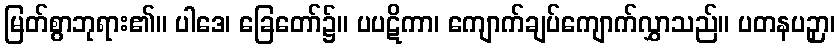
မြတ်စွာဘုရား၏။ ပါဒေ၊ ခြေတော်၌။ ပပဋိကာ၊ ကျောက်ချပ်ကျောက်လွှာသည်။ ပတနပဉှာ၊